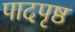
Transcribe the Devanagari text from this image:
पादपृष्ठ